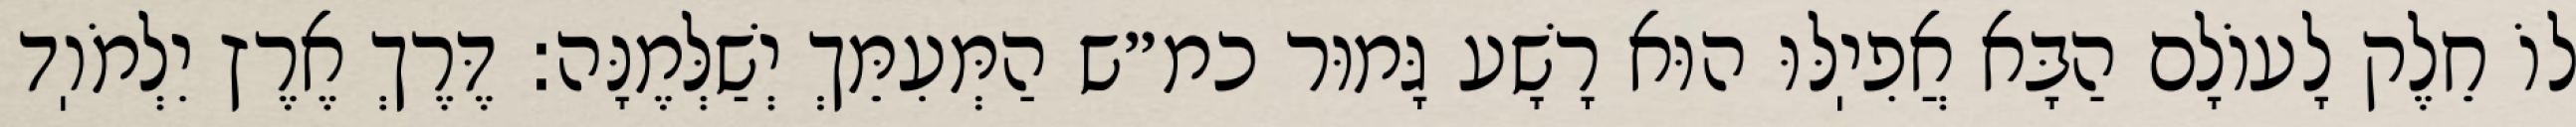
לוֹ חֵלֶק לָעוֹלָם הַבָּא אֲפִיֽלּוּ הוּא רָשָׁע גָּמוּר כמ״ש הַמְּעִמֵּךְ יְשַׁלְּמֶנָּה: דֶּרֶךְ אֶרֶץ יִלְמֹוֽד